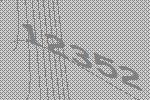
12352